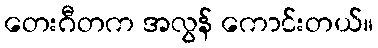
တေးဂီတက အလွန် ကောင်းတယ်။